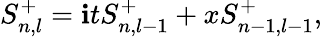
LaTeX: S_{n,l}^{+}=\mathbf{i}tS_{n,l-1}^{+}+xS_{n-1,l-1}^{+},